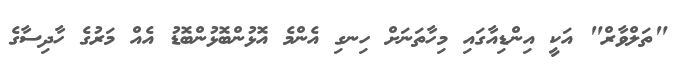
"ތަލްވާރް" އަކީ އިންޑިއާގައި މިހާތަނަށް ހިނގި އެންމެ އޮޅުންބޮޅުންބޮޑު އެއް މަރުގެ ހާދިސާގެ